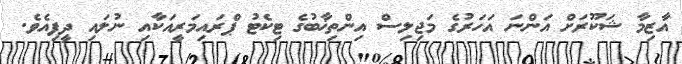
އާޒިމާ ޝަކޫރަށް އަންނަ އަހަރުގެ މަޖިލިސް އިންތިޚާބުގެ ޓިކެޓު ޕްރައިމަރީއަކާއި ނުލައި ދީފިއެވެ.